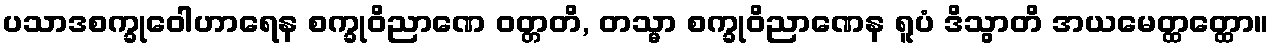
ပသာဒစက္ခုဝေါဟာရေန စက္ခုဝိညာဏေ ဝတ္တတိ, တသ္မာ စက္ခုဝိညာဏေန ရူပံ ဒိသွာတိ အယမေတ္ထတ္ထော။